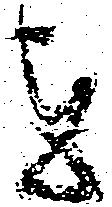
を